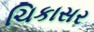
ચિકાસર